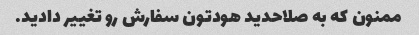
ممنون که به صلاحدید هودتون سفارش رو تغییر دادید.